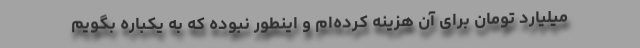
میلیارد تومان برای آن هزینه کرده‌ام و اینطور نبوده که به یکباره بگویم